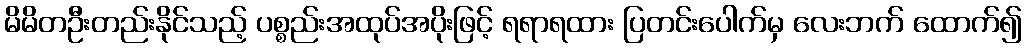
မိမိတဦးတည်းနိုင်သည့် ပစ္စည်းအထုပ်အပိုးဖြင့် ရရာရထား ပြတင်းပေါက်မှ လေးဘက် ထောက်၍